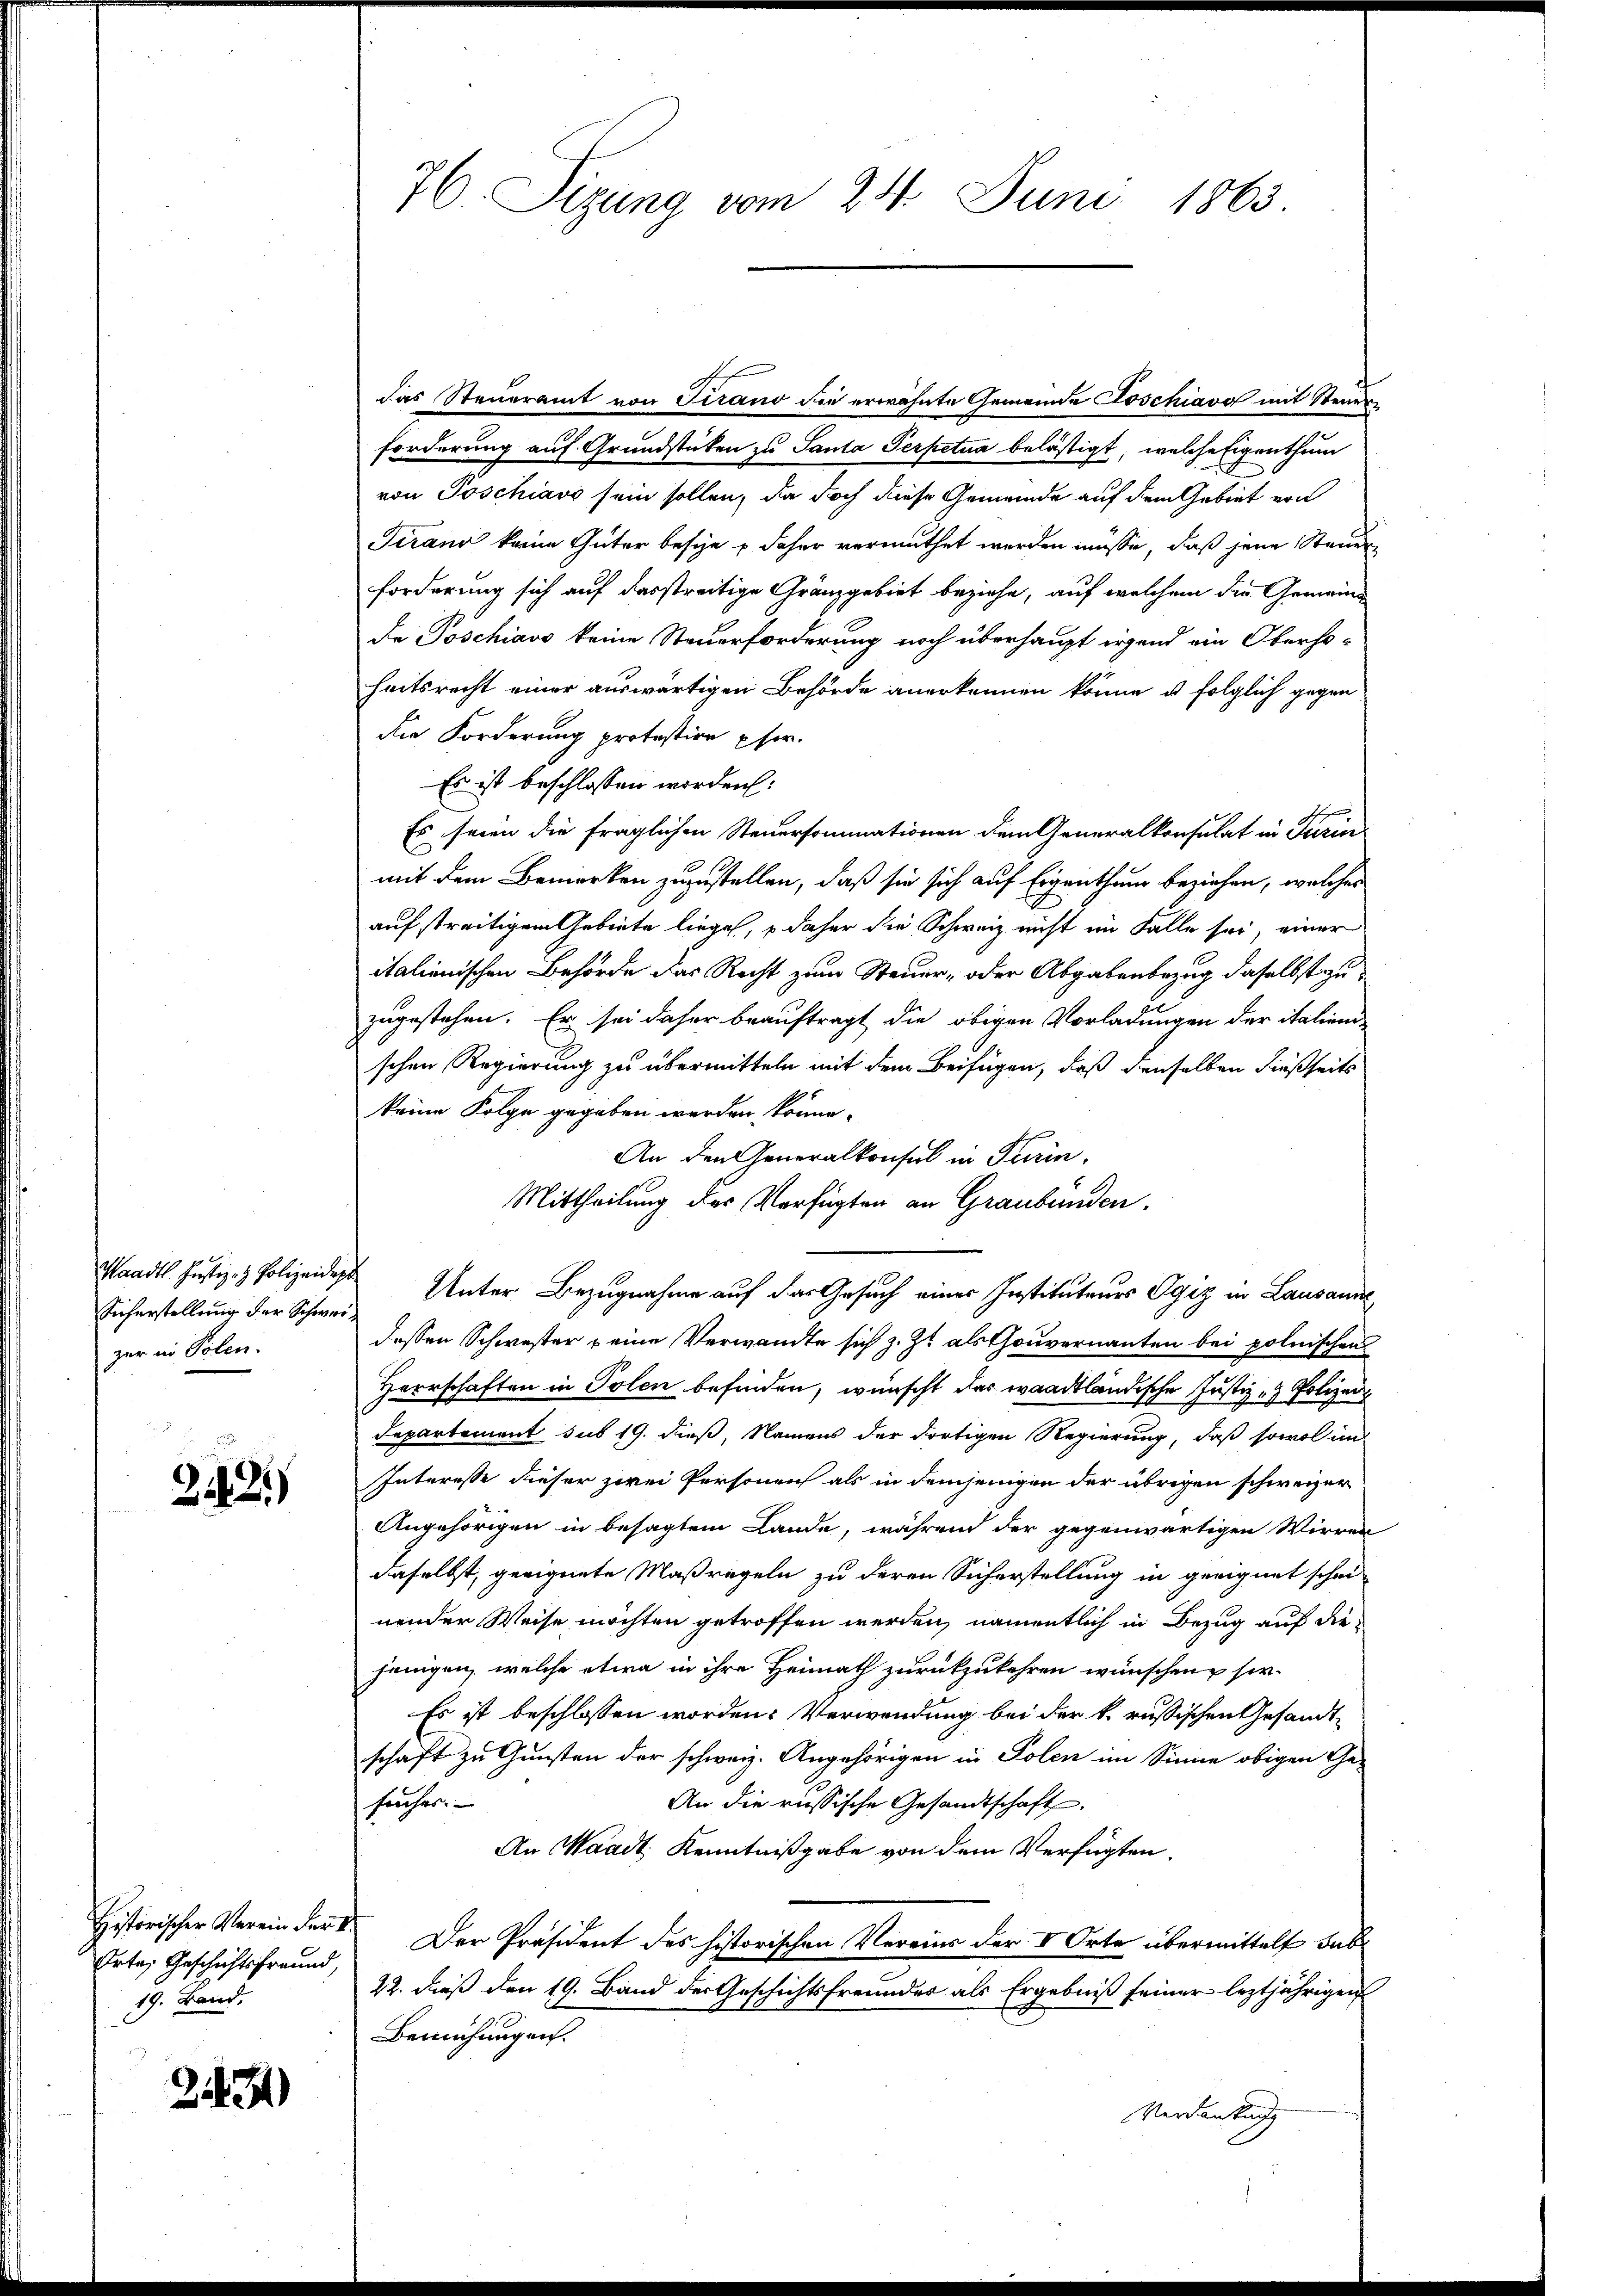
Waadt. Justiz- & Polizeidigt
Sicherstellung der Schweizer in Polen.

24430

Historischer Verein der k.
Erta, Geschichtsfreund,
19. Band.

257)

76. Sizung vom 24. Juni 1863.

das Steueramt von Tirano die erwähnte Gemeinde Poschiavo mit Steuer¬
Forderung auf Grundstücken zu Santa Serpetua belästigt, welche Eigenthum
von Poschiavo sein sollen, da doch diese Gemeinde auf dem Gebiet von
Tirand keine Güter besie – daher vermuthet werden müsse, daß jene Steuer
forderung sich auf dasstreitige Gränzgebiet beziehe, auf welchem die Gemeind
de Poschiavo keine Steuerforderung noch überhaupt irgend ein Oberho-
heitsrecht einer auswärtigen Behörde anerkennen könne u. folglich gegen
die Forderung protestire pfer.
Es ist beschlossen worden:
Es seien die fraglichen Steuersommationen dem Generalkonsulat in Turin
mit dem Bemerken zuzustellen, daß sie sich auf Eigenthum beziehen, welches
auf streitigem Gebiete liege, so daher die Schweiz nicht im Falle sei, einer
italienischen Behörde das Recht zum Steuer- oder Abgabenbezug daselbst zu
zugestehen. Er sei daher beauftragt die obigen Vorladungen der italinenschen Regierung zu übermitteln mit dem Beifügen, daß denselben dießseits
keine Folge gegeben werden könne.
An den Generalkonsul in Turin
Mittheilung der Verfügten an Graubünden.
Unter Bezugnahme auf das Gesuch einer Institutenes Ogiz in Lausann
dessen Schwester eine Verwandte sich z. Zt. als Gouvernannten bei polnischen
Herrschaften in Polen befinden, wünscht das waadtländische Justiz- & Polizei
Departement sub 19. dieß, Namens der dortigen Regierung, daß sowol und
Interesse dieser zwei Personen als in demjenigen der übrigen schweizer
Angehörigen in besagtem Lande, während der gegenwärtigen Wirren
daselbst, geeignete Maßregeln zu deren Sicherstellung in geeignet schon
nender Weise möchten getroffen werden, namentlich in Bezug auf die
jenigen, welche etwa in ihre Heimath zurückzukehren wünschen, sie
Es ist beschlossen worden. Verwendung bei der k. russischen Gesandtschaft zu Gunsten der schweiz. Angehörigen in Polen im Sinne obigen Ge-
An die russische Gesandtschaft.
sucher.
An Waadt. Kenntnißgabe von dem Verfügten.
Der Präsident des historischen Vereins der V Orte übermittelt habe
22. dieß den 19. Band der Geschichtsfreundes als Ergebniß seiner leztjährigen
Bemühungen.
Verdankung